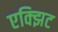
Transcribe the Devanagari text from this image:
एक्झिट